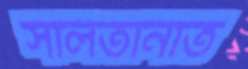
সালতানাত